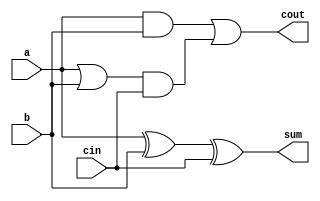
`timescale 1ns / 1ps
//////////////////////////////////////////////////////////////////////////////////
// Company: 
// Engineer: 
// 
// Design Name: 
// Module Name: adder1bit
// Project Name: 
// Target Devices: 
// Tool Versions: 
// Description: 
// 
// Dependencies: 
// 
// Revision:
// Revision 0.01 - File Created
// Additional Comments:
// 
//////////////////////////////////////////////////////////////////////////////////


module adder1bit(
sum,
cout,
a,
b,
cin
);

input   a,b,cin;
output  cout,sum;

// sum = a xor b xor cin
xor #(50) (sum,a,b,cin);

// carry out = a.b + cin.(a+b)
and #(50) and1(c1,a,b);
or #(50) or1(c2,a,b);
and #(50) and2(c3,c2,cin);
or #(50) or2(cout,c1,c3);

endmodule